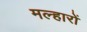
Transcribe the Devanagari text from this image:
मल्हारों